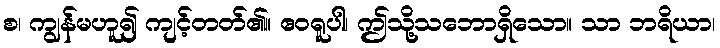
စ၊ ကျွန်မဟူ၍ ကျင့်တတ်၏။ ဧဝရူပါ၊ ဤသို့သဘောရှိသော။ သာ ဘရိယာ၊